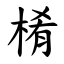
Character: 㮁